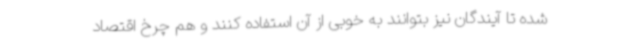
شده تا آیندگان نیز بتوانند به خوبی از آن استفاده کنند و هم چرخ اقتصاد